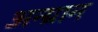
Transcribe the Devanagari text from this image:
अन्ग्रान